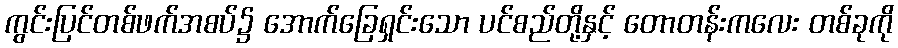
ကွင်းပြင်တစ်ဖက်အစပ်၌ အောက်ခြေရှင်းသော ပင်စည်တို့နှင့် တောတန်းကလေး တစ်ခုကို